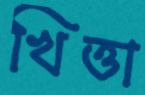
খিত্তা